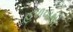
હળવાથી